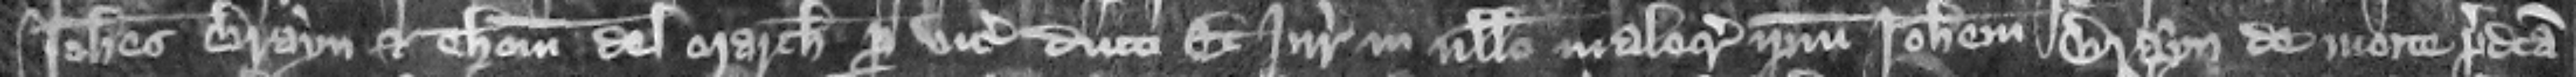
Iohannes Brayn et Thomas del Marche per vicecomitem ducti Et iuratores in nullo malecredunt ipsum Iohannem Brayn de morte predicta